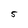
Character: 5